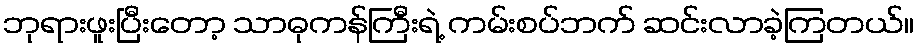
ဘုရားဖူးပြီးတော့ သာဓုကန်ကြီးရဲ့ ကမ်းစပ်ဘက် ဆင်းလာခဲ့ကြတယ်။